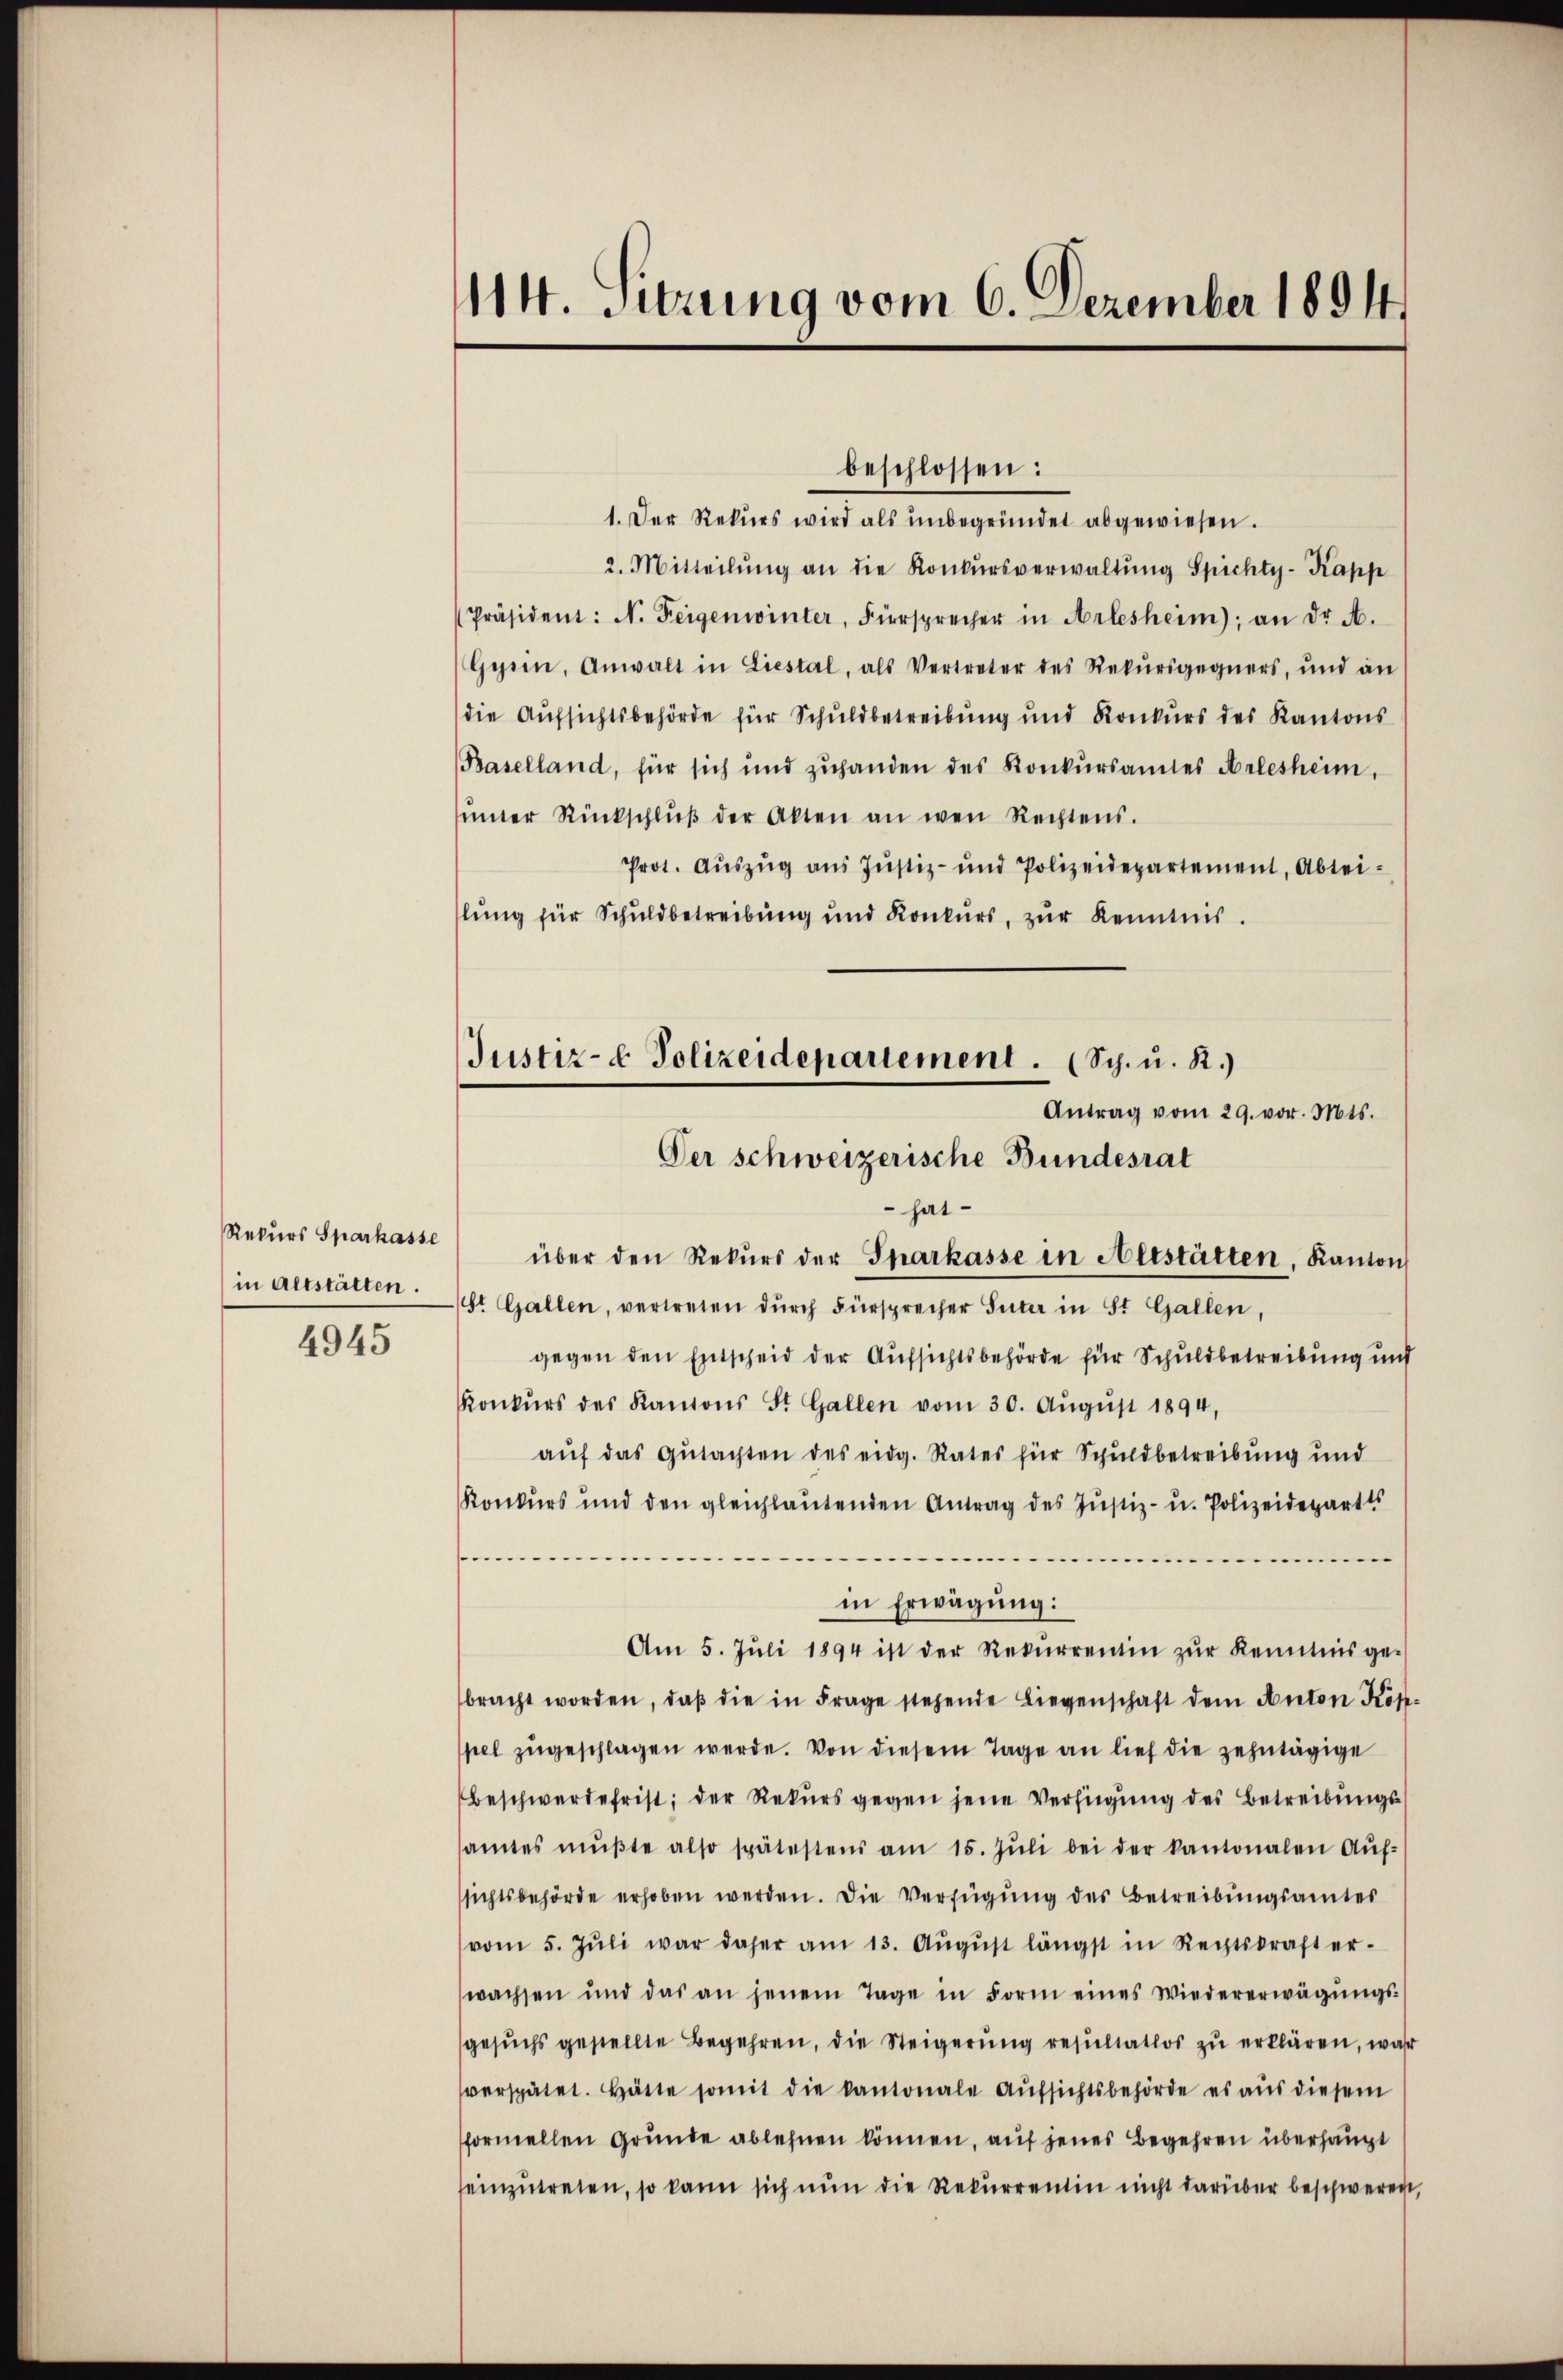
Rekurs Sparkasse
in Altstätten.

4945

1. Der Rekurs wird als unbegründet abgewiesen.
2. Mitteilŭng an die Konkŭrsverwaltŭng Spichty-Kapp
Präsident: N. Feigenwinter, Fürsprecher in Arlesheim), an dr. A.
Gysin, Anwalt in Liestal, als Vertreter des Rekŭrsgegners, und an
die Aufsichtsbehörde für Schuldbetreibung und Konkŭrs des Kantons
Baselland, für sich und zŭhanden des Konkŭrsamtes Arlesheim,
sinner Rückschlŭβ der Akten an wen Rechtens.
Prot. Aŭszŭg aŭs Jŭstiz- und Polizeidepartement, Abtei-
lung für Schuldbetreibung und Konkurs, zŭr Kenntnis.
Antrag vom 29. vor. Mts.
Der schweizerische Bundesrat
hatüber den Rekŭrs der Sparkasse in Altstätten, Kanton
St. Gallen, vertreten dŭrch Fürsprecher Suter in St. Gallen
gegen den Entscheid der Aufsichtsbehörde für Schuldbetreibung und
Konkŭrs des Kantons St. Gallen vom 30. Aŭgŭst 1894,
aŭf das Gŭtachten des eidg. Rates für Schuldbetreibŭng und
Konkurs und den gleichlaŭtenden Antrag des Jŭstiz- u. Polizeidepartes
...................
e
in Erwägung:
Am 5. Jŭli 1894 ist der Rekŭrrentin zŭr Kenntnis ge-
bracht worden, daβ die in Frage stehende Liegenschaft dem Anton Köspel zŭgeschlagen werde. Von diesem Tage an lief die zehntägige
Beschwerdefrist; der Rekŭrs gegen jene Verfügung des Betreibungssamtes mŭβte also spätestens am 15. Jŭli bei der kantonalen Aŭf-
sichtsbehörde erhoben werden. Die Verfügung des Betreibungsamtes
vom 5. Jŭli war daher am 13. Aŭgŭst längst in Rechtskraft er-
wachsen und das an jenem Tage in Form eines Wiedererwägŭngs-
gesŭchs gestellte Begehren, die Steigerŭng resŭltatlos zu erklären, wahr
sverspätet. Hätte somit die kantonale Aŭfsichtsbehörde es aŭs diesem
formellen Grunde ablehnen können, auf jenes Begehren überhaupt
einzŭtreten, so kann sich nun die Rekurrentin nicht darüber beschweren,

14. Sitzung vom 6. Dezember 1894

Justiz- & Polizeidepartement. (Sch. u. R.)

beschlossen: